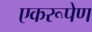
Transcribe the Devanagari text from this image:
एकरूपेण